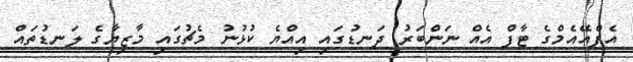
އެފްއޭއެމްގެ ޓާފް އެއް ނަންބަރު ދަނޑުގައި އިއްޔެ ކުޅުނު މެޗުގައި މާޒިޔާގެ ލަނޑުތައް